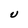
Character: U